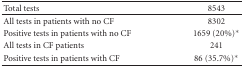
<table><thead><tr><td><b>Total tests</b></td><td><b>8543</b></td></tr></thead><tbody><tr><td>All tests in patients with no CF</td><td>8302</td></tr><tr><td>Positive tests in patients with no CF</td><td>1659 (20%)*</td></tr><tr><td>All tests in CF patients</td><td>241</td></tr><tr><td>Positive tests in patients with CF</td><td>86 (35.7%)*</td></tr></tbody></table>